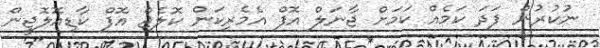
ނުކުރުން ފަދަ ކަމެއް ކަމަށް ޖާނަލް އޮފް އެެމެރިކަން ކޮލެޖް އޮފް ކާޑިއޮލޮޖީން